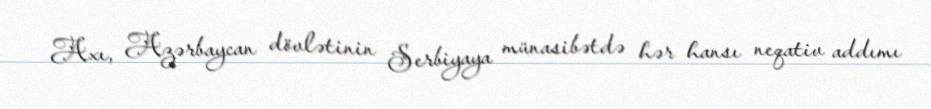
Axı, Azərbaycan dövlətinin Serbiyaya münasibətdə hər hansı neqativ addımı